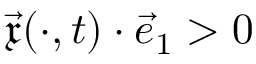
\vec { \mathfrak { x } } ( \cdot , t ) \cdot \vec { e } _ { 1 } > 0